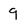
Character: 9